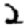
Digit: 2